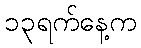
၁၃ရက်နေ့က